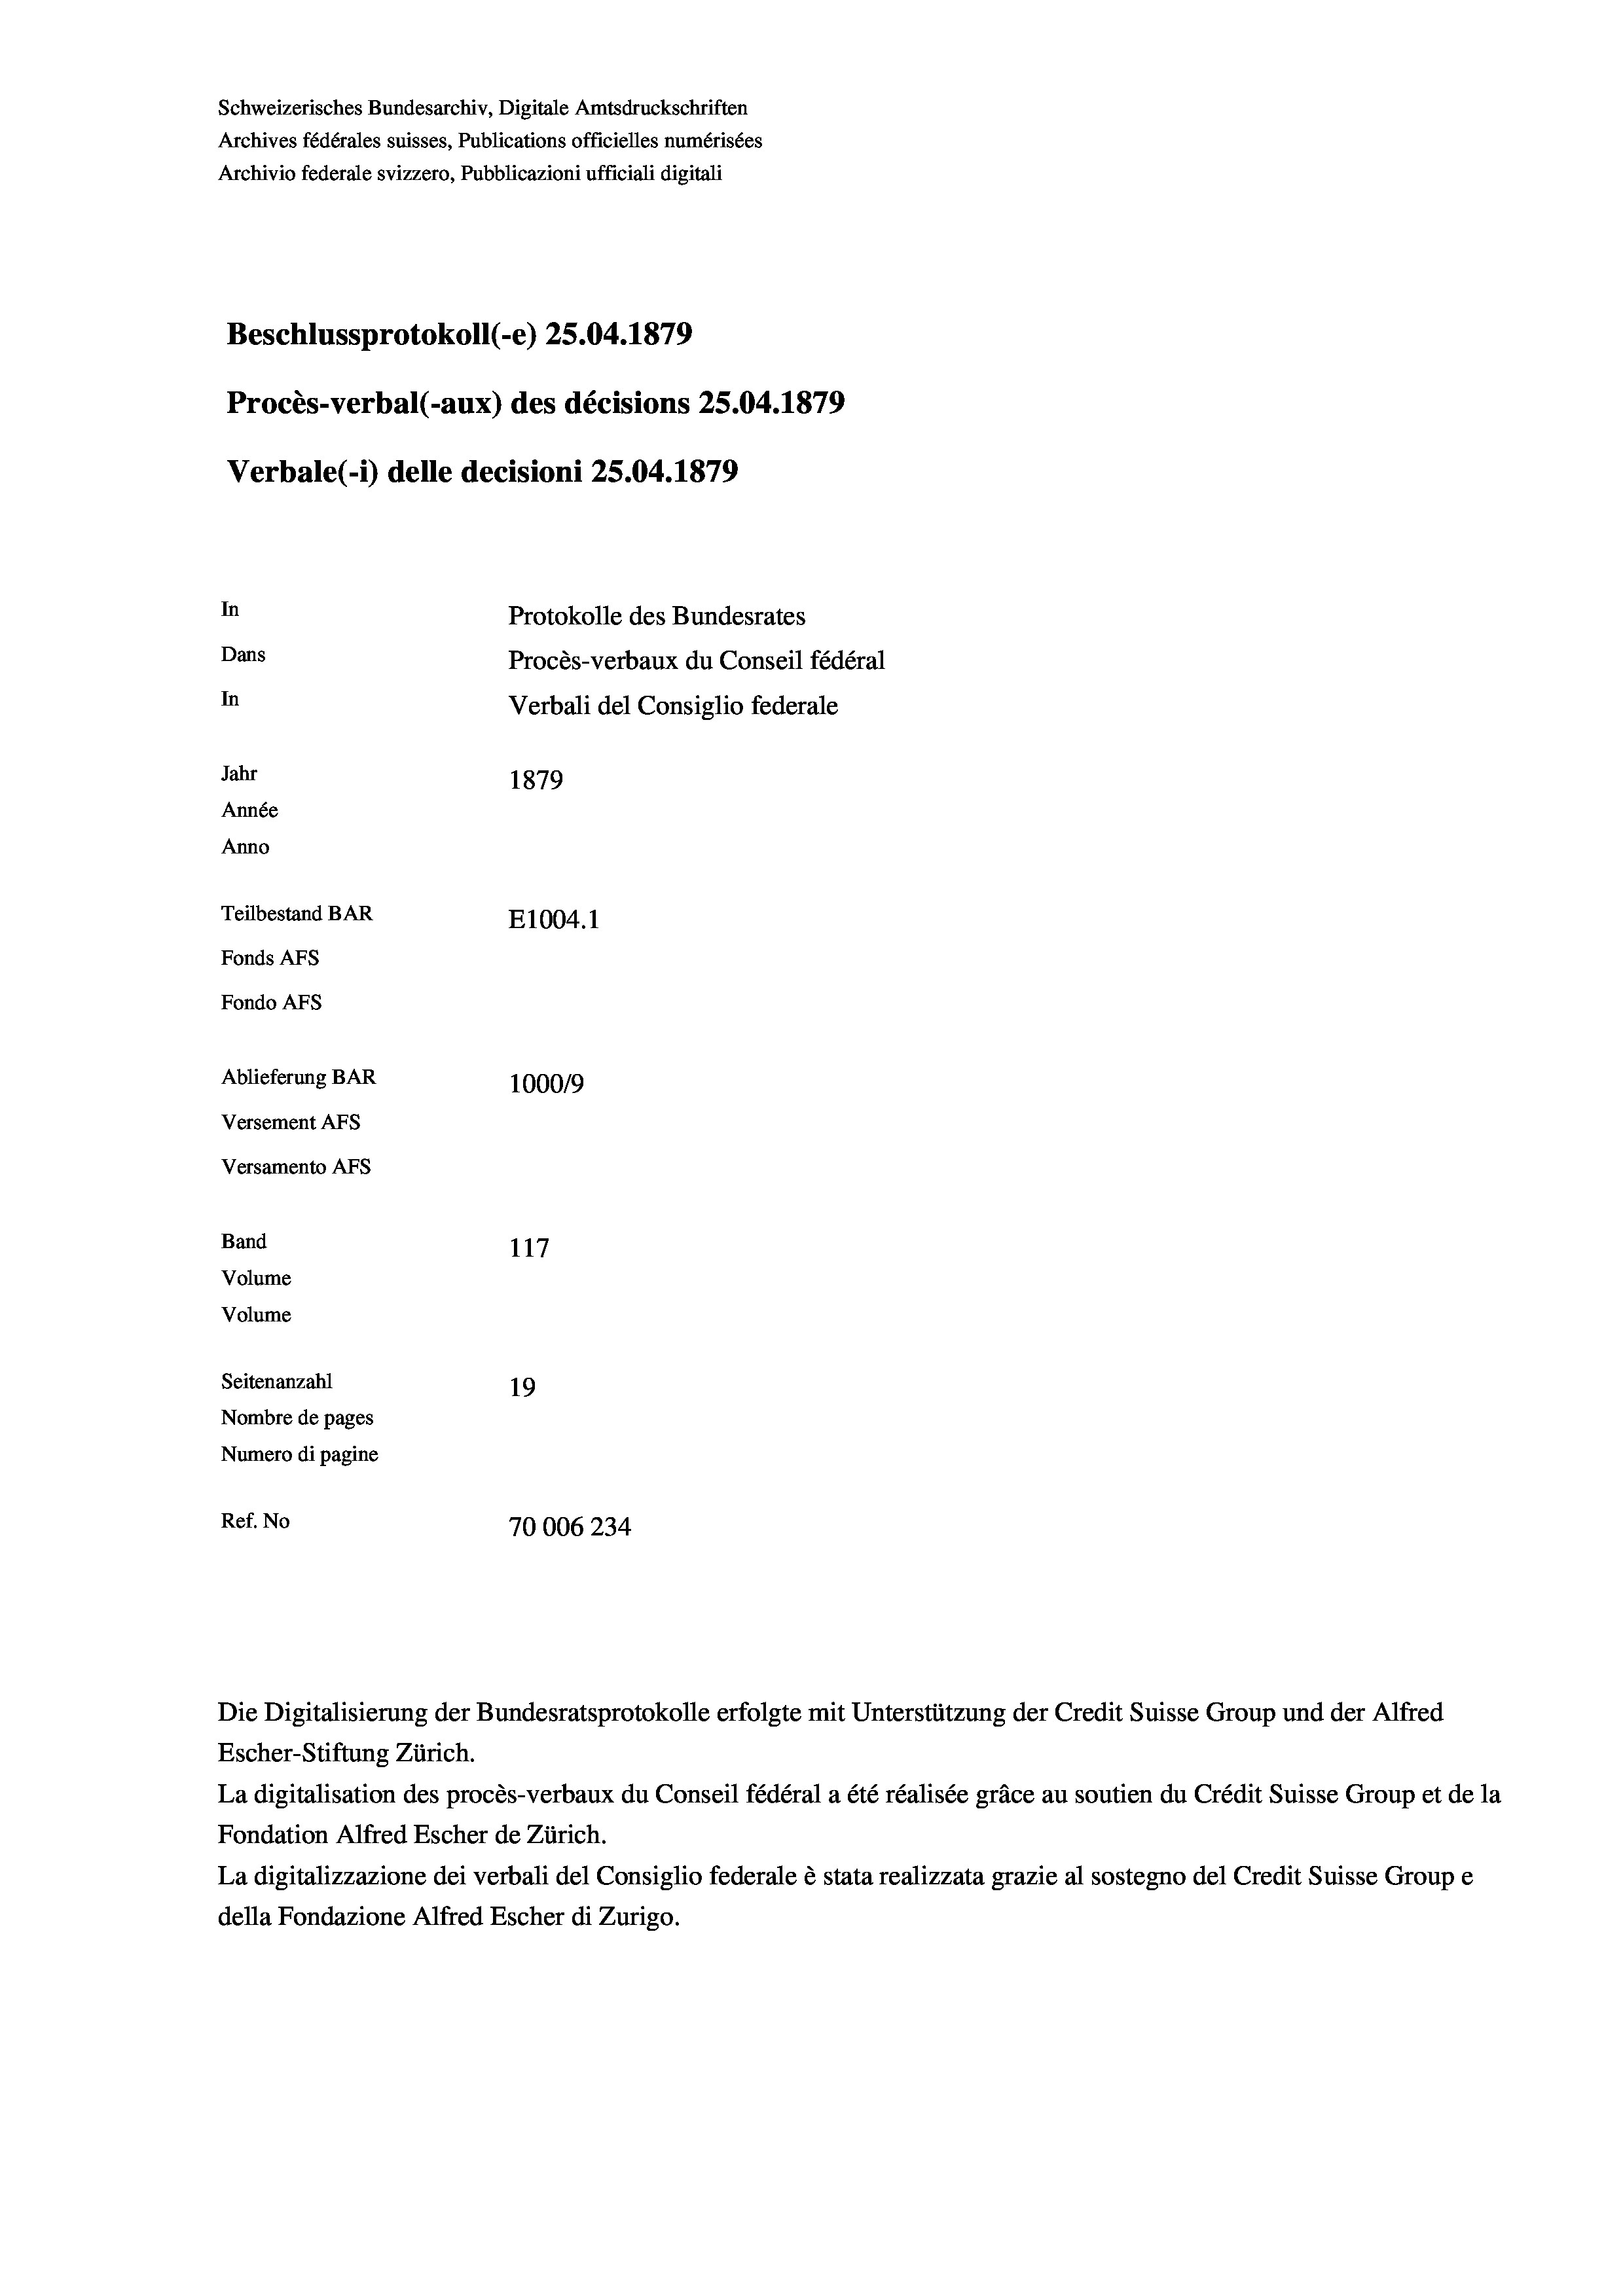
Schweizerisches Bundesarchiv, Digitale Amtsdruckschriften
Archives fédérales suisses, Publications officielles numérisées
Archivio federale svizzero, Pubblicazioni ufficiali digitali
Beschlussprotokoll (-e) 25.04. 1879
Procès-verbal (-aux) des décisions 25.04. 1879
Verbale (- 1) delle decisioni 25.04. 1879
In
Protokolle des Bundesrates
Dans
Procès-verbaux du Conseil fédéral
In
Verbali del Consiglio federale
Jahr
1879
Année
Anno
Teilbestand BAR
E1004.1
Fonds Afs
Fondo AFs
Ablieferung BAR
1000/9
Versement Abs
Versamento AFs
Band
117

Seitenanzahl
19
Nombre de pages
Numero di pagine
Ref. No
70006 234

Volume
Volume

Escher-Stiftung Zürich.
La digitalisation des procès-verbaux du Conseil fédéral a été réalisée gräce au soutien du Crédit Suisse Group et de la
Fondation Alfred Escher de Zürich.
La digitalizzazione dei verbali del Consiglio federale è stata realizzata grazie al sostegno del Credit Suisse Groupe
della Fondazione Alfred Escher di Zurigo.

Die Digitalisierung der Bundesratsprotokolle erfolgte mit Unterstützung der Credit Suisse Group und der Alfred